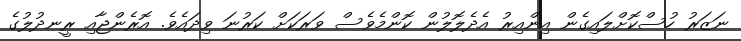
ނަޒަރު ހުސްކޮށްލައިގެން އިންއިރު އެދެލޮލުން ކޮންމެވެސް ވަރަކަށް ކަރުނަ ވިދައެވެ. އޮރެންޖާއި ރީނދުލުގެ